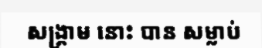
សង្គ្រាម នោះ បាន សម្លាប់